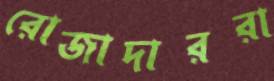
রোজাদাররা